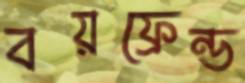
বয়ফ্রেন্ড